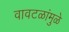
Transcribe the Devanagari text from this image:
वावटळांमुळे